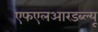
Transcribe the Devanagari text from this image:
एफएलआरडब्ल्यू